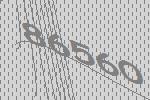
86560